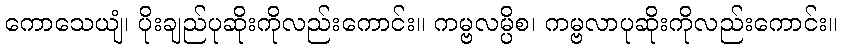
ကောသေယျံ၊ ပိုးချည်ပုဆိုးကိုလည်းကောင်း။ ကမ္ဗလမ္ပိစ၊ ကမ္ဗလာပုဆိုးကိုလည်းကောင်း။